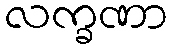
လက္ခဏာ